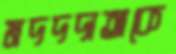
মদদদাতাকে